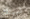
شهيتك